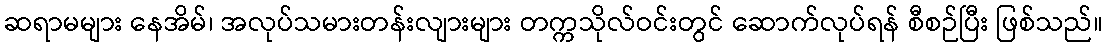
ဆရာမများ နေအိမ်၊ အလုပ်သမားတန်းလျားများ တက္ကသိုလ်ဝင်းတွင် ဆောက်လုပ်ရန် စီစဉ်ပြီး ဖြစ်သည်။